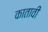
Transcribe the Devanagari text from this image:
कातावी